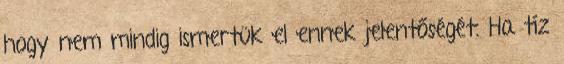
hogy nem mindig ismertük el ennek jelentőségét. Ha tíz